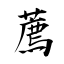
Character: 薦